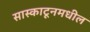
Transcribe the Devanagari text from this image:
सास्काटूनमधील